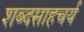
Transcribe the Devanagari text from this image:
शब्दसाहचर्य